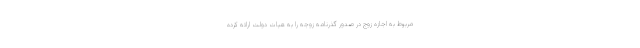
مربوط به اجازه زوج در صدور گذرنامه زوجه را به هیات دولت ارائه کرده